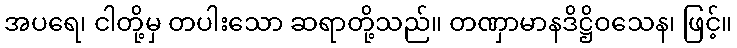
အပရေ၊ ငါတို့မှ တပါးသော ဆရာတို့သည်။ တဏှာမာနဒိဋ္ဌိဝသေန၊ ဖြင့်။